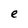
Character: e